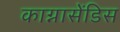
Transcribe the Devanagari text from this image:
काग्नासेंडिस